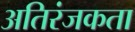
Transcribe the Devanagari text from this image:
अतिरंजकता